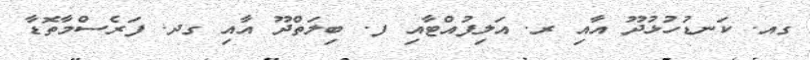
ގއ. ކަނޑުހުޅުދޫ އާއި ރ. އަލިފުއްޓާއި ފ. ބިލަތްދޫ އާއި ގދ. ފަރެސްމާތޮޑާ